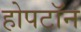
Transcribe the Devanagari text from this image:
होपटॉन